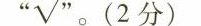
”√”。(2分)